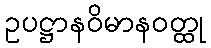
ဥပဋ္ဌာနဝိမာနဝတ္ထု